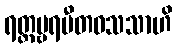
ရတ္တမ္ဗရပီတဝသသာဟိ